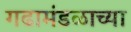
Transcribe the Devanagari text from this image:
गढामंडळाच्या